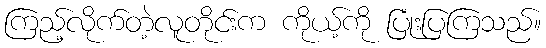
ကြည့်လိုက်တဲ့လူတိုင်းက ကိုယ့်ကို ပြုံးပြကြသည်။